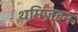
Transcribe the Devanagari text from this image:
थमिज़हन